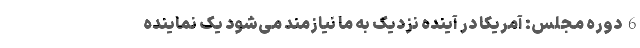
6 دوره مجلس: آمریکا در آینده نزدیک به ما نیازمند می‌شود یک نماینده